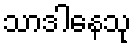
သာဒါနေသု